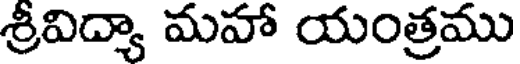
శ్రీవిద్యా మహా యంత్రము